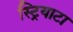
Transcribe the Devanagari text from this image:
स्ट्रियाटा